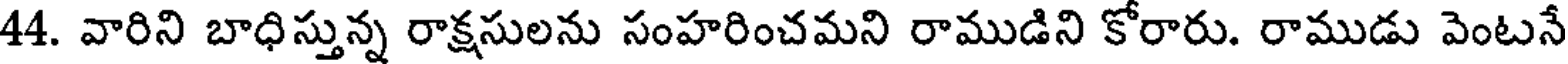
44. వారిని బాధిస్తున్న రాక్షసులను సంహరించమని రాముడిని కోరారు. రాముడు వెంటనే